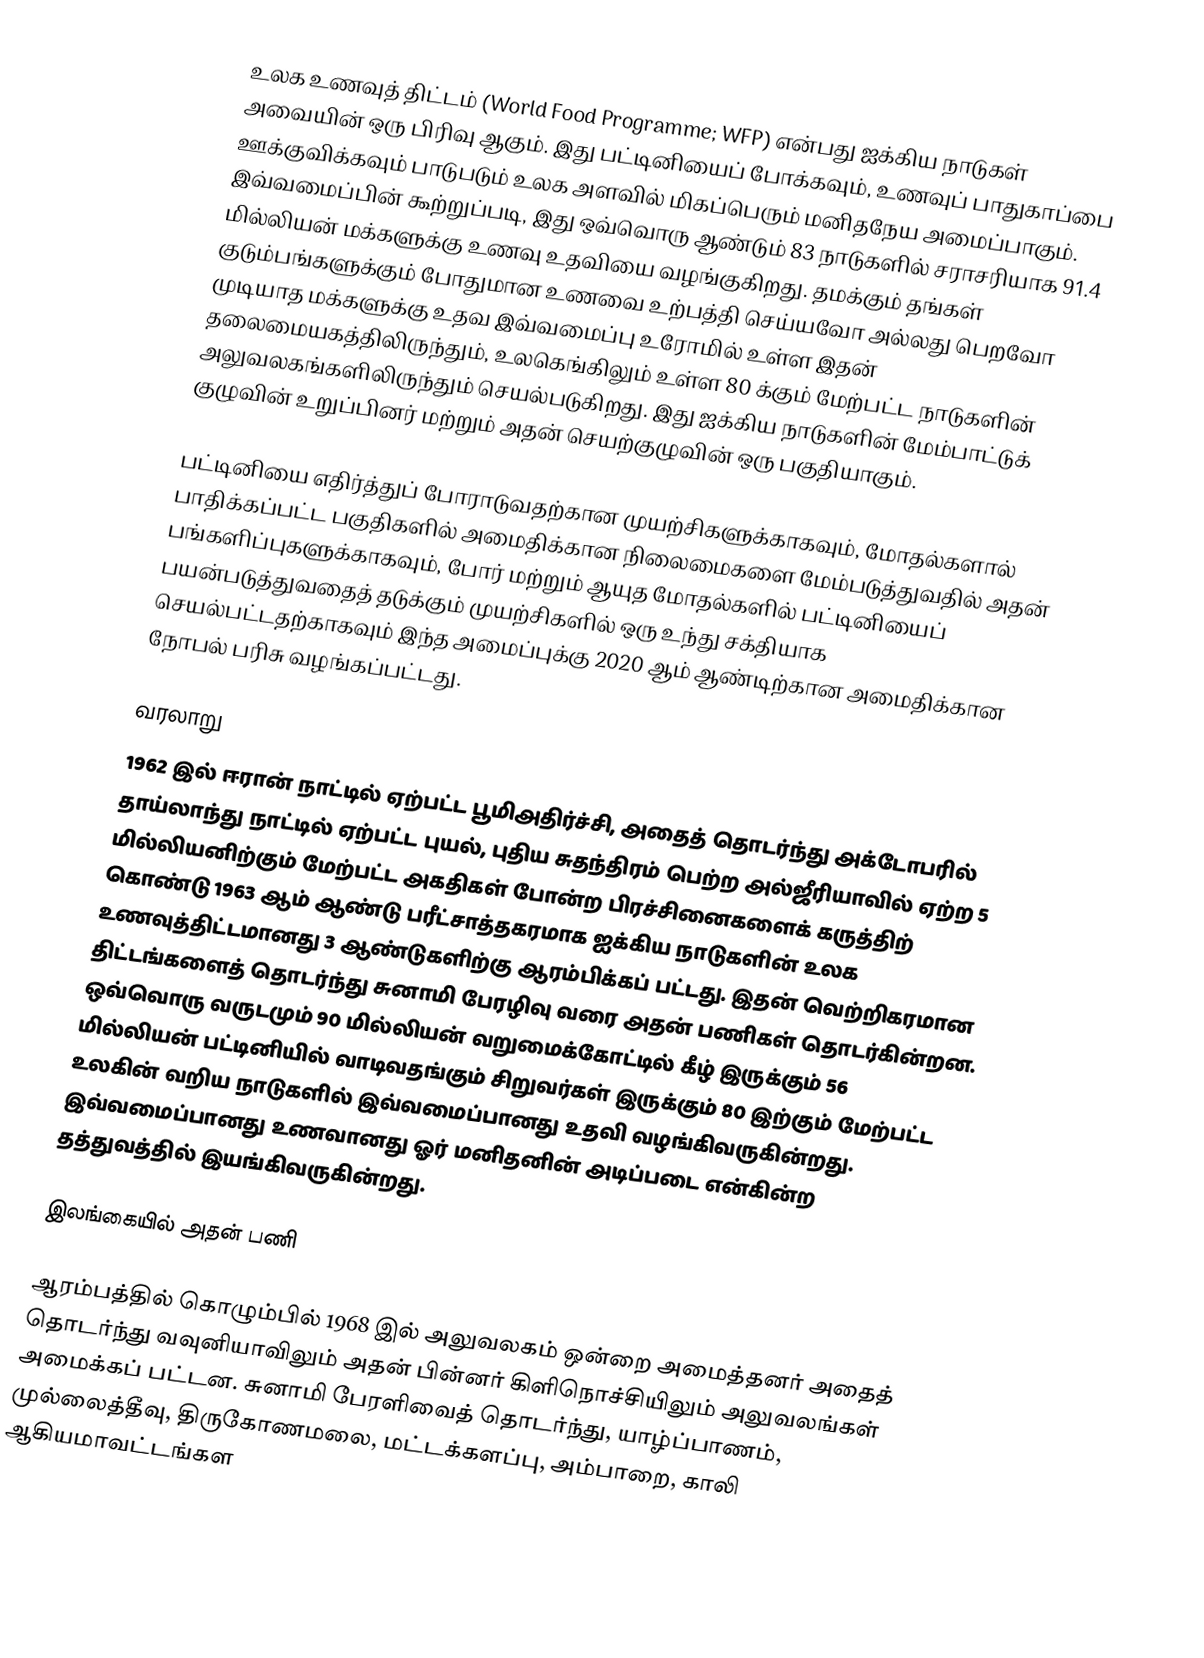
உலக உணவுத் திட்டம் (World Food Programme; WFP) என்பது ஐக்கிய நாடுகள் அவையின் ஒரு பிரிவு ஆகும். இது பட்டினியைப் போக்கவும், உணவுப் பாதுகாப்பை ஊக்குவிக்கவும் பாடுபடும் உலக அளவில் மிகப்பெரும் மனிதநேய அமைப்பாகும். இவ்வமைப்பின் கூற்றுப்படி, இது ஒவ்வொரு ஆண்டும் 83 நாடுகளில் சராசரியாக 91.4 மில்லியன் மக்களுக்கு உணவு உதவியை வழங்குகிறது. தமக்கும் தங்கள் குடும்பங்களுக்கும் போதுமான உணவை உற்பத்தி செய்யவோ அல்லது பெறவோ முடியாத மக்களுக்கு உதவ இவ்வமைப்பு உரோமில் உள்ள இதன் தலைமையகத்திலிருந்தும், உலகெங்கிலும் உள்ள 80 க்கும் மேற்பட்ட நாடுகளின் அலுவலகங்களிலிருந்தும் செயல்படுகிறது. இது ஐக்கிய நாடுகளின் மேம்பாட்டுக் குழுவின் உறுப்பினர் மற்றும் அதன் செயற்குழுவின் ஒரு பகுதியாகும்.

பட்டினியை எதிர்த்துப் போராடுவதற்கான முயற்சிகளுக்காகவும், மோதல்களால் பாதிக்கப்பட்ட பகுதிகளில் அமைதிக்கான நிலைமைகளை மேம்படுத்துவதில் அதன் பங்களிப்புகளுக்காகவும், போர் மற்றும் ஆயுத மோதல்களில் பட்டினியைப் பயன்படுத்துவதைத் தடுக்கும் முயற்சிகளில் ஒரு உந்து சக்தியாக செயல்பட்டதற்காகவும் இந்த அமைப்புக்கு 2020 ஆம் ஆண்டிற்கான அமைதிக்கான நோபல் பரிசு வழங்கப்பட்டது.

வரலாறு
1962 இல் ஈரான் நாட்டில் ஏற்பட்ட பூமிஅதிர்ச்சி, அதைத் தொடர்ந்து அக்டோபரில் தாய்லாந்து நாட்டில் ஏற்பட்ட புயல், புதிய சுதந்திரம் பெற்ற அல்ஜீரியாவில் ஏற்ற 5 மில்லியனிற்கும் மேற்பட்ட அகதிகள் போன்ற பிரச்சினைகளைக் கருத்திற் கொண்டு 1963 ஆம் ஆண்டு பரீட்சாத்தகரமாக ஐக்கிய நாடுகளின் உலக உணவுத்திட்டமானது 3 ஆண்டுகளிற்கு ஆரம்பிக்கப் பட்டது. இதன் வெற்றிகரமான திட்டங்களைத் தொடர்ந்து சுனாமி பேரழிவு வரை அதன் பணிகள் தொடர்கின்றன. ஒவ்வொரு வருடமும் 90 மில்லியன் வறுமைக்கோட்டில் கீழ் இருக்கும் 56 மில்லியன் பட்டினியில் வாடிவதங்கும் சிறுவர்கள் இருக்கும் 80 இற்கும் மேற்பட்ட உலகின் வறிய நாடுகளில் இவ்வமைப்பானது உதவி வழங்கிவருகின்றது. இவ்வமைப்பானது உணவானது ஓர் மனிதனின் அடிப்படை என்கின்ற தத்துவத்தில் இயங்கிவருகின்றது.

இலங்கையில் அதன் பணி

ஆரம்பத்தில் கொழும்பில் 1968 இல் அலுவலகம் ஒன்றை அமைத்தனர் அதைத் தொடர்ந்து வவுனியாவிலும் அதன் பின்னர் கிளிநொச்சியிலும் அலுவலங்கள் அமைக்கப் பட்டன. சுனாமி பேரளிவைத் தொடர்ந்து, யாழ்ப்பாணம், முல்லைத்தீவு, திருகோணமலை, மட்டக்களப்பு, அம்பாறை, காலி ஆகியமாவட்டங்கள